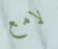
لامع